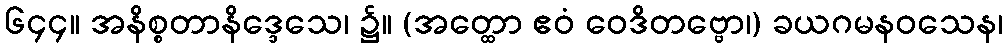
၆၄၄။ အနိစ္စတာနိဒ္ဒေသေ၊ ၌။ (အတ္ထော ဧဝံ ဝေဒိတဗ္ဗော၊) ခယဂမနဝသေန၊